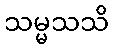
သမ္မသသိ